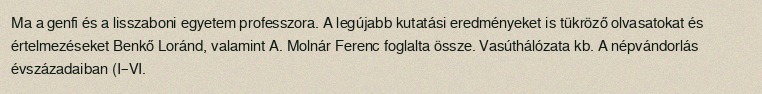
Ma a genfi és a lisszaboni egyetem professzora. A legújabb kutatási eredményeket is tükröző olvasatokat és értelmezéseket Benkő Loránd, valamint A. Molnár Ferenc foglalta össze. Vasúthálózata kb. A népvándorlás évszázadaiban (I–VI.